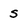
Character: S